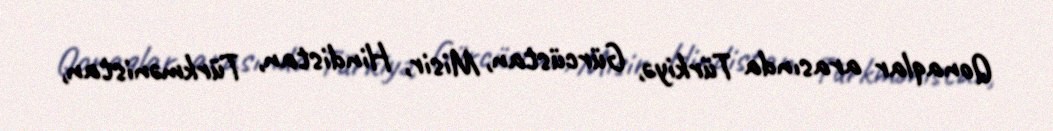
Qonaqlar arasında Türkiyə, Gürcüstan, Misir, Hindistan, Türkmənistan,